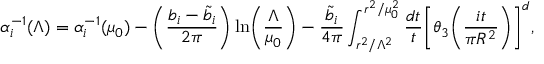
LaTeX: \alpha _ { i } ^ { - 1 } ( \Lambda ) = \alpha _ { i } ^ { - 1 } ( \mu _ { 0 } ) - \biggl ( \frac { b _ { i } - \tilde { b } _ { i } } { 2 \pi } \biggr ) \ln \biggl ( \frac { \Lambda } { \mu _ { 0 } } \biggr ) - \frac { \tilde { b } _ { i } } { 4 \pi } \int _ { r ^ { 2 } / \Lambda ^ { 2 } } ^ { r ^ { 2 } / \mu _ { 0 } ^ { 2 } } \frac { d t } { t } \biggl [ \theta _ { 3 } \biggl ( \frac { i t } { \pi R ^ { 2 } } \biggr ) \biggr ] ^ { d } ,